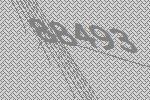
88493